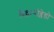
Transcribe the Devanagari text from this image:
विल्लार्‍रोब्लेडो